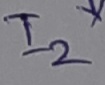
Text: I2